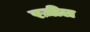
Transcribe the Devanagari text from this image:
रज़ील